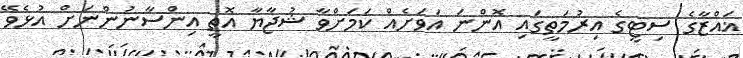
ޣައްޒާގެ ސިޓީގެ އިރުމަތީގައި އޮންނަ އަވަށެއް ކަމަށްވާ ޝުޖާޔާ އޮތީ އިންސާނުންނަށް އުޅެވޭ